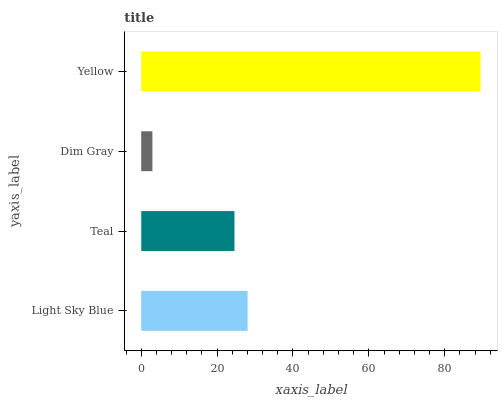
| yaxis_label | bars |
 | --- | --- |
 | Light Sky Blue | 28 |
 | Teal | 24.6 |
 | Dim Gray | 2.94 |
 | Yellow | 89.4 |